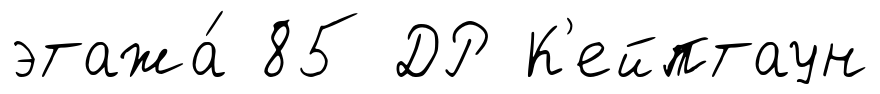
этажа́ 85 ДР К'ейптаун